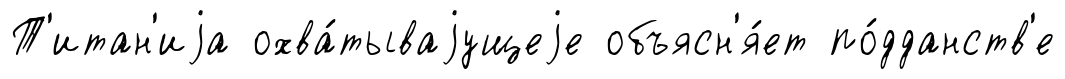
Т'итан'иjа охва́тываjущеjе объясн'я́ет по́дданств'е